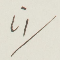
انا